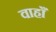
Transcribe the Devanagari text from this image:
वाहाँ